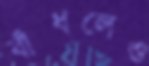
বাঁধলেও